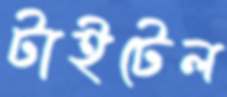
টাইটেল